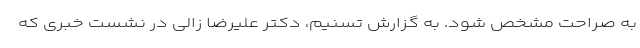
به صراحت مشخص شود. به گزارش تسنیم، دکتر علیرضا زالی در نشست خبری که